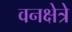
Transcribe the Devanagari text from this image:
वनक्षेत्रे